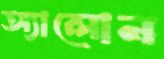
অ্যালোন